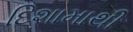
દિશામાથી